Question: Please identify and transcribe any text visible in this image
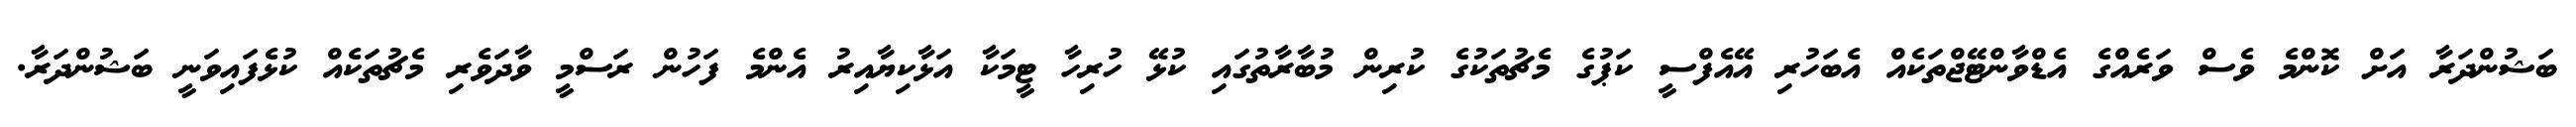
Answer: ބަޝުންދަރާ އަށް ކޮންމެ ވެސް ވަރެއްގެ އެޑްވާންޓޭޖްތަކެއް އެބަހުރި އޭއެފްސީ ކަޕުގެ މެޗުތަކުގެ ކުރިން މުބާރާތުގައި ކުޅޭ ހުރިހާ ޓީމަކާ އަޅާކިޔާއިރު އެންމެ ފަހުން ރަސްމީ ވާދަވެރި މެޗުތަކެއް ކުޅެފައިވަނީ ބަޝުންދަރާ.